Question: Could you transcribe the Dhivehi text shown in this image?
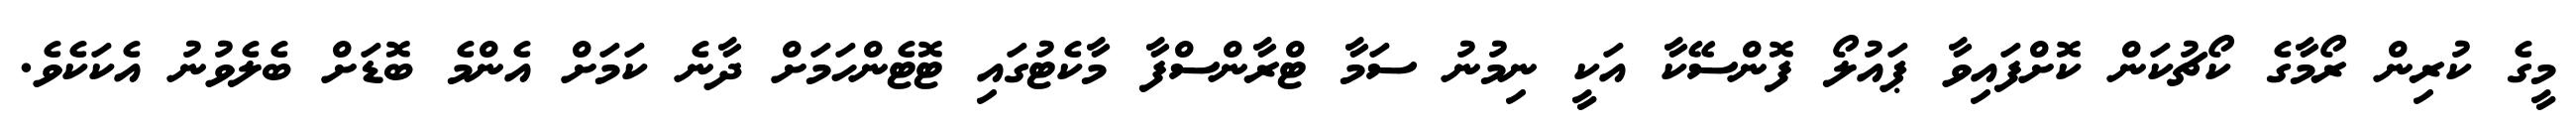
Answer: މީގެ ކުރިން ރޯމާގެ ކޯޗުކަން ކޮށްފައިވާ ޕައުލޯ ފޮންސޭކާ އަކީ ނިމުނު ސަމާ ޓްރާންސްފާ މާކެޓުގައި ޓޮޓެންހަމަށް ދާނެ ކަމަށް އެންމެ ބޮޑަށް ބެލެވުނު އެކަކެވެ.